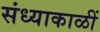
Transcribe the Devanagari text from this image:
संध्याकाळीं